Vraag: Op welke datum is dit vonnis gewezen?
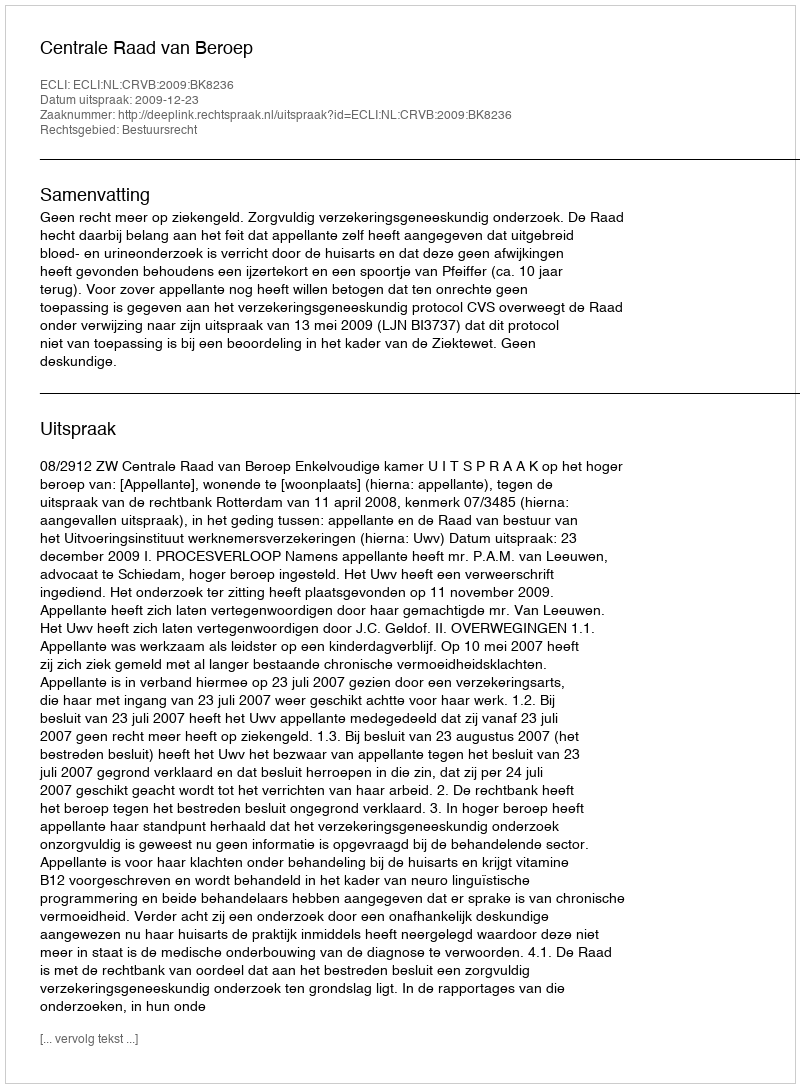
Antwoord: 2009-12-23